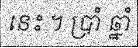
នេះ ។ ប្រាំ ឆ្នាំ